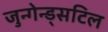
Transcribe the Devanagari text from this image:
जुन्गेन्ड्सटिल